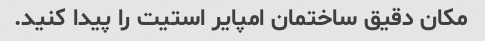
مکان دقیق ساختمان امپایر استیت را پیدا کنید.